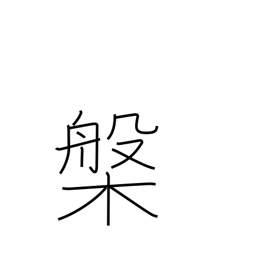
Meaning: tub